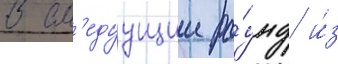
В сл'едуущии ра́унд и́з